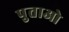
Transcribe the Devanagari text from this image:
पुताओ